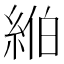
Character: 𦀪